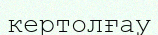
кертолғау